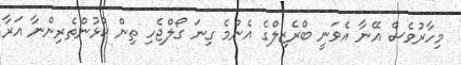
މިހާރުވެސް އޭނާ އެވަނީ ބްރެޒިލްގެ އެންމެ ގިނަ ގޯލްޖެހި ތިން ކުޅުންތެރިންނާ އަރާ